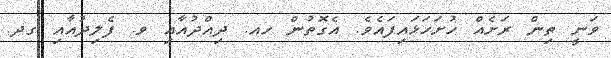
ވަނީ ތިން ރަށެއް ހުށަހަޅައިފައެވެ. އެގޮތުން ހއ. ދިއްދުއާއި ވ. ފެލިދުއާއި ގދ.